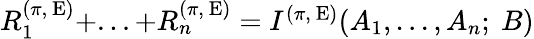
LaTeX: \begin{array}{r}{R_{1}^{(\pi,~\mathrm{E})}+...+R_{n}^{(\pi,~\mathrm{E})}=I^{(\pi,~\mathrm{E})}(A_{1},...,A_{n};~B)}\end{array}